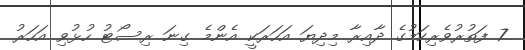
7 ފަތުރުވެރިކަމުގެ ދާއިރާ މިދިޔަ އަހަރަކީ އެންމެ ގިނަ ރިސޯޓު ހުޅުވި އަހަރު